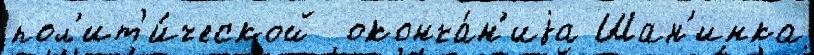
пол'ит'и́ческой  оконча́н'иjа Шан'инка